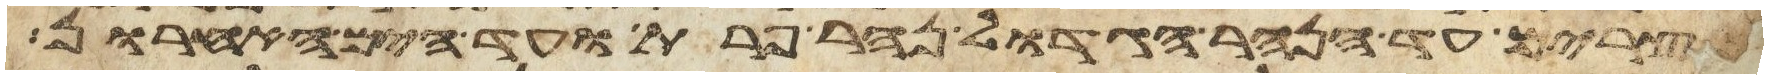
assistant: מצרים עד הנהר הגדול נהר פרת ועד הים האחרון